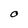
Character: O